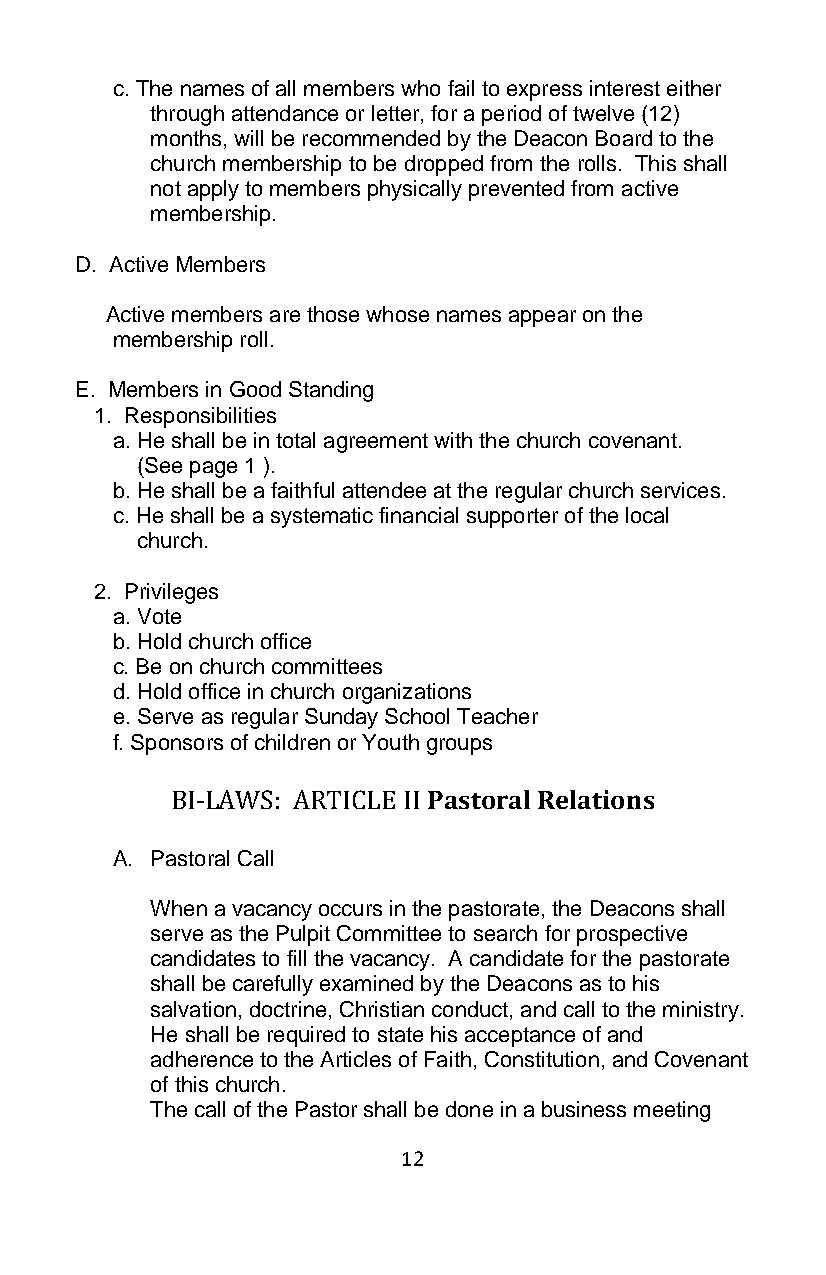
c. The names of all members who fail to express interest either
 through attendance or letter, for a period of twelve (12)
 months, will be recommended by the Deacon Board to the
 church membership to be dropped from the rolls. This shall
 not apply to members physically prevented from active
 membership.
 D. Active Members
 Active members are those whose names appear on the
 membership roll.
 E. Members in Good Standing
 1. Responsibilities
 a. He shall be in total agreement with the church covenant.
 (See page 1 ).
 b. He shall be a faithful attendee at the regular church services.
 c. He shall be a systematic financial supporter of the local
 church.
 2. Privileges
 a. Vote
 b. Hold church office
 c. Be on church committees
 d. Hold office in church organizations
 e. Serve as regular Sunday School Teacher
 f. Sponsors of children or Youth groups
 BI-LAWS: ARTICLE II Pastoral Relations
 A. Pastoral Call
 When a vacancy occurs in the pastorate, the Deacons shall
 serve as the Pulpit Committee to search for prospective
 candidates to fill the vacancy. A candidate for the pastorate
 shall be carefully examined by the Deacons as to his
 salvation, doctrine, Christian conduct, and call to the ministry.
 He shall be required to state his acceptance of and
 adherence to the Articles of Faith, Constitution, and Covenant
 of this church.
 The call of the Pastor shall be done in a business meeting
 12